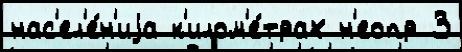
нас'ел'е́н'иjа к'илом'е́трах н'еопр 3